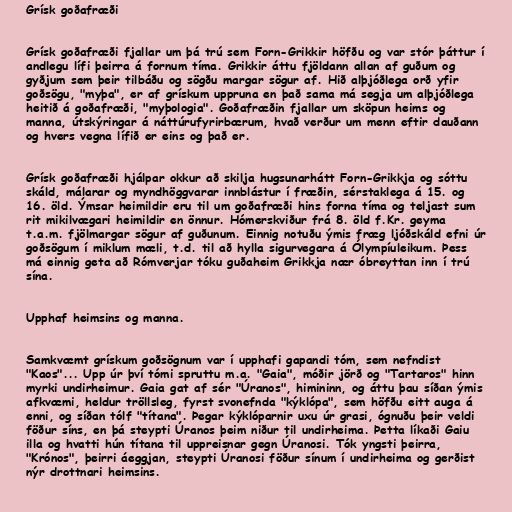
Grísk goðafræði

Grísk goðafræði fjallar um þá trú sem Forn-Grikkir höfðu og var stór þáttur í
andlegu lífi þeirra á fornum tíma. Grikkir áttu fjöldann allan af guðum og
gyðjum sem þeir tilbáðu og sögðu margar sögur af. Hið alþjóðlega orð yfir
goðsögu, "myþa", er af grískum uppruna en það sama má segja um alþjóðlega
heitið á goðafræði, "myþologia". Goðafræðin fjallar um sköpun heims og
manna, útskýringar á náttúrufyrirbærum, hvað verður um menn eftir dauðann
og hvers vegna lífið er eins og það er.

Grísk goðafræði hjálpar okkur að skilja hugsunarhátt Forn-Grikkja og sóttu
skáld, málarar og myndhöggvarar innblástur í fræðin, sérstaklega á 15. og
16. öld. Ýmsar heimildir eru til um goðafræði hins forna tíma og teljast sum
rit mikilvægari heimildir en önnur. Hómerskviður frá 8. öld f.Kr. geyma
t.a.m. fjölmargar sögur af guðunum. Einnig notuðu ýmis fræg ljóðskáld efni úr
goðsögum í miklum mæli, t.d. til að hylla sigurvegara á Ólympíuleikum. Þess
má einnig geta að Rómverjar tóku guðaheim Grikkja nær óbreyttan inn í trú
sína.

Upphaf heimsins og manna.

Samkvæmt grískum goðsögnum var í upphafi gapandi tóm, sem nefndist
"Kaos"... Upp úr því tómi spruttu m.a. "Gaia", móðir jörð og "Tartaros" hinn
myrki undirheimur. Gaia gat af sér "Úranos", himininn, og áttu þau síðan ýmis
afkvæmi, heldur tröllsleg, fyrst svonefnda "kýklópa", sem höfðu eitt auga á
enni, og síðan tólf "títana". Þegar kýklóparnir uxu úr grasi, ógnuðu þeir veldi
föður síns, en þá steypti Úranos þeim niður til undirheima. Þetta líkaði Gaiu
illa og hvatti hún títana til uppreisnar gegn Úranosi. Tók yngsti þeirra,
"Krónos", þeirri áeggjan, steypti Úranosi föður sínum í undirheima og gerðist
nýr drottnari heimsins.